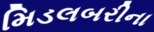
મિડલબરીના